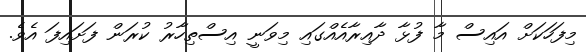
މިފަހަކަށް އައިސް މާ ފުޅާ ދާއިރާއެއްގައި މިވަނީ އިސްތިހާރު ކުރަން ފަށައިފަ އެވެ.